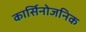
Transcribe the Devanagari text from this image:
कार्सिनोजनिक